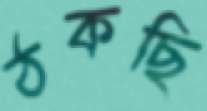
ঠকছি